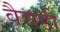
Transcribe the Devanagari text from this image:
वैद्यही